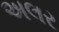
અલર